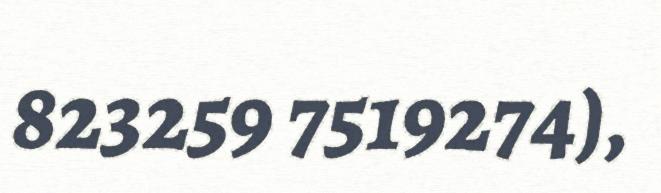
823259 7519274),